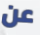
عن